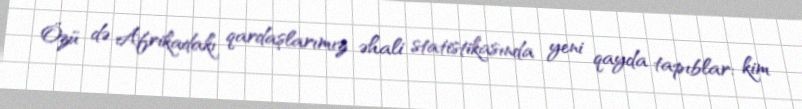
Özü də Afrikadakı qardaşlarımız əhali statistikasında yeni qayda tapıblar: kim